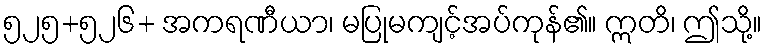
၅၂၅+၅၂၆+ အကရဏီယာ၊ မပြုမကျင့်အပ်ကုန်၏။ ဣတိ၊ ဤသို့။